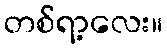
တစ်ရာ့လေး။